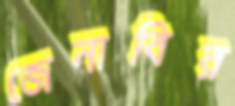
জেনাবির